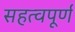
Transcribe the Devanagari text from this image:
सहत्वपूर्ण